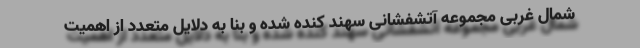
شمال غربی مجموعه آتشفشانی سهند کنده شده و بنا به دلایل متعدد از اهمیت